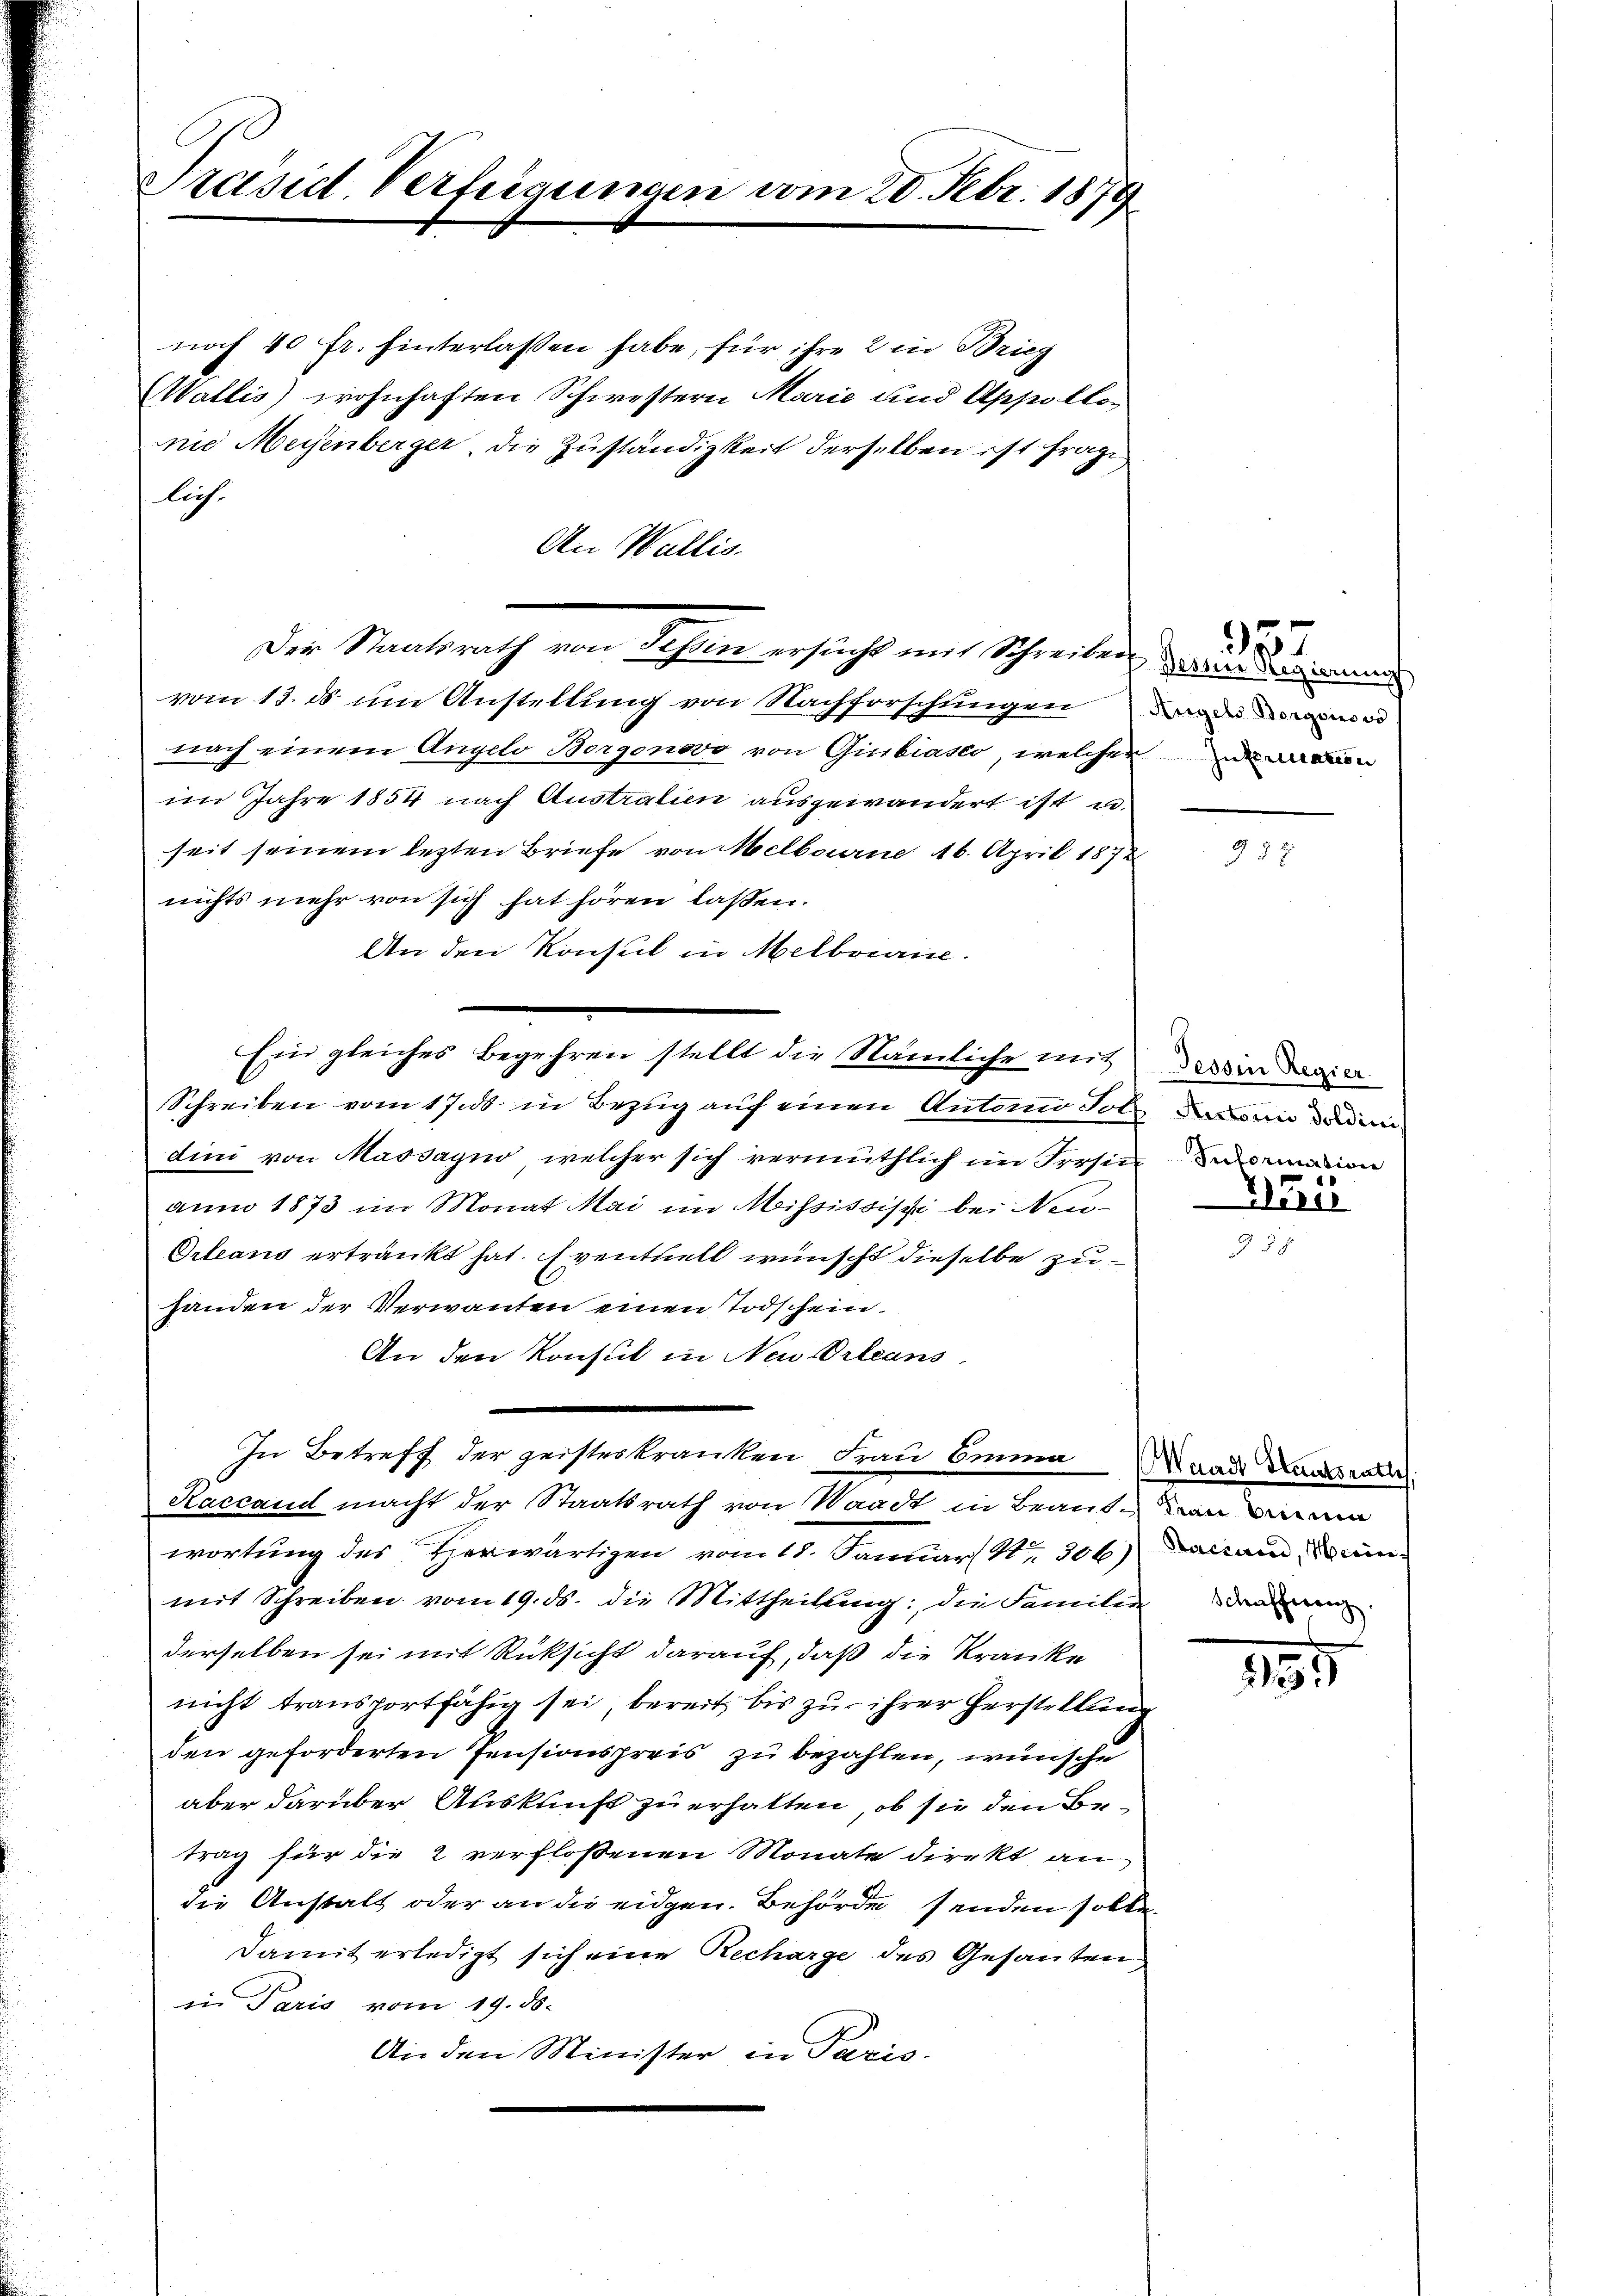
Präsid. Verfügungen vom 20. Febr. 1879

noch 40 fr. hinterlassen habe, für ihre 2 in Brieg
WWallis) wohnhaften Schwestern Marie und Appollonie Meyenberger, die Zuständigkeit derselben ist frage
liche
An Wallis.
Der Staatsrath von Tessin ersucht mit Schreiben wenn ein
vom 13. ds um Anstellung von Nachforschungen
nach einem Angelo Borgonovo von Giubiasco, welcherun
im Jahre 1854 nach Austratien ausgewandert ist e
seit seinem lezten Briefe von Melbourne 46. April 1872
nichts mehr von sich hat hören lassen.
An den Konsul in Melbourire.
Schreiben vom 17. in Bezug auf einen Automo Soll den de
dini von Massagno, welcher sich vermuthlich im Presinn manon
aum 1873 im Monat Mai im Mississisti bei Neu¬
Orleans ertränkt hat. Eventuell wünscht dieselbe zuhanden der Verwanten einen Todschein.
An den Konsul in Neu Orleans
e
In Betreff der geisterkranken Frau Einna Waadt Laurer
Kaccand macht der Staatsrath von Waadt in Braut, von
wortung des Herwärtigen vom 18. Januar Nr. 306) Dastand un
mit Schreiben vom 19. ds. die Mittheilung; die Familie dann
derselben sei mit Rücksicht darauf, daß die Kranke
nicht transportfähig sei, bereit bis zu ihrer Herstellung
den geforderten Pensionspreis zu bezahlen, wünsche
aber darüber Auskunft zu erhalten, ob sie den Betrag für die 2 verfloßenen Monate direkt an
die Anstalt oder an die eidgen. Behörde senden solle
Damit erledigt sich eine Recharge des Gesanten
in Paris vom 19. ds.
An den Minister in Paris.

Ein gleiches Begehren stellt die Nämliche mit dass in darin

357

Hai

155